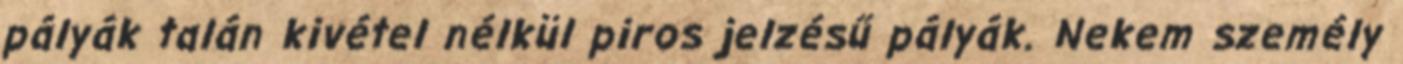
pályák talán kivétel nélkül piros jelzésű pályák. Nekem személy